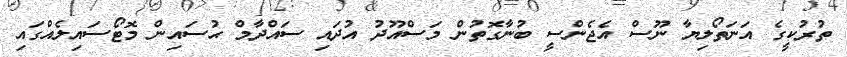
ތުރުކީގެ އަނަތޯލިޔާ ނޫސް އެޖެންސީ ބުނާގޮތުން މަސްއޫދު އުދައި ސައްދާމް ޙުސައިން މޮޓޯސައިލެއްގައި